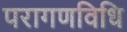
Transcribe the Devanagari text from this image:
परागणविधि